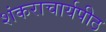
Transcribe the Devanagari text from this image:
शंकराचार्यपीठ